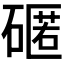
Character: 𮀻